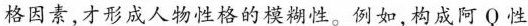
格因素,才形成人物性格的模糊性。例如,构成阿Q性